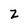
Character: Z